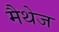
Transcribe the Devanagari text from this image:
मैथेज